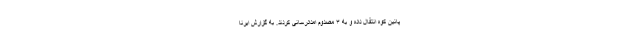
پائین کوه انتقال داده و به ۳ مصدوم امدادرسانی کردند. به گزارش ایرنا